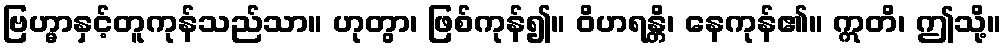
ဗြဟ္မာနှင့်တူကုန်သည်သာ။ ဟုတွာ၊ ဖြစ်ကုန်၍။ ဝိဟရန္တိ၊ နေကုန်၏။ ဣတိ၊ ဤသို့။